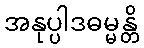
အနုပ္ပါဒဓမ္မန္တိ